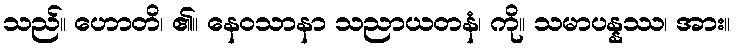
သည်။ ဟောတိ၊ ၏။ နေဝသာနာ သညာယတနံ၊ ကို။ သမာပန္နဿ၊ အား။